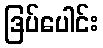
ဒြပ်ပေါင်း